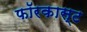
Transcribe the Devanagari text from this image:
फॉरकास्ट